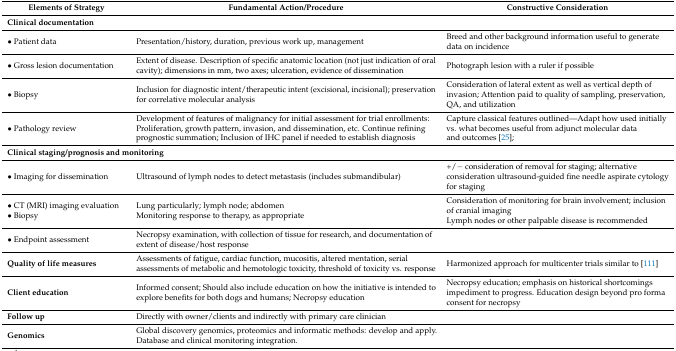
<table><thead><tr><td><b>Elements of Strategy</b></td><td><b>Fundamental Action/Procedure</b></td><td><b>Constructive Consideration</b></td></tr></thead><tbody><tr><td colspan="2"><b>Clinical documentation</b></td><td></td></tr><tr><td>• Patient data</td><td>Presentation/history, duration, previous work up, management</td><td>Breed and other background information useful to generate data on incidence</td></tr><tr><td>• Gross lesion documentation</td><td>Extent of disease. Description of specific anatomic location (not just indication of oral cavity); dimensions in mm, two axes; ulceration, evidence of dissemination</td><td>Photograph lesion with a ruler if possible</td></tr><tr><td>• Biopsy</td><td>Inclusion for diagnostic intent/therapeutic intent (excisional, incisional); preservation for correlative molecular analysis</td><td>Consideration of lateral extent as well as vertical depth of invasion; Attention paid to quality of sampling, preservation, QA, and utilization</td></tr><tr><td>• Pathology review</td><td>Development of features of malignancy for initial assessment for trial enrollments: Proliferation, growth pattern, invasion, and dissemination, etc. Continue refining prognostic summation; Inclusion of IHC panel if needed to establish diagnosis</td><td>Capture classical features outlined—Adapt how used initially vs. what becomes useful from adjunct molecular data and outcomes [25];</td></tr><tr><td colspan="2"><b>Clinical staging/prognosis and monitoring</b></td><td></td></tr><tr><td>• Imaging for dissemination</td><td>Ultrasound of lymph nodes to detect metastasis (includes submandibular)</td><td>+/− consideration of removal for staging; alternative consideration ultrasound-guided fine needle aspirate cytology for staging</td></tr><tr><td>• CT (MRI) imaging evaluation • Biopsy</td><td>Lung particularly; lymph node; abdomen Monitoring response to therapy, as appropriate</td><td>Consideration of monitoring for brain involvement; inclusion of cranial imaging Lymph nodes or other palpable disease is recommended</td></tr><tr><td>• Endpoint assessment</td><td>Necropsy examination, with collection of tissue for research, and documentation of extent of disease/host response</td><td></td></tr><tr><td><b>Quality of life measures</b></td><td>Assessments of fatigue, cardiac function, mucositis, altered mentation, serial assessments of metabolic and hemotologic toxicity, threshold of toxicity vs. response</td><td>Harmonized approach for multicenter trials similar to [111]</td></tr><tr><td><b>Client education</b></td><td>Informed consent; Should also include education on how the initiative is intended to explore benefits for both dogs and humans; Necropsy education</td><td>Necropsy education; emphasis on historical shortcomings impediment to progress. Education design beyond pro forma consent for necropsy</td></tr><tr><td><b>Follow up</b></td><td>Directly with owner/clients and indirectly with primary care clinician</td><td></td></tr><tr><td><b>Genomics</b></td><td>Global discovery genomics, proteomics and informatic methods: develop and apply. Database and clinical monitoring integration.</td><td></td></tr></tbody></table>